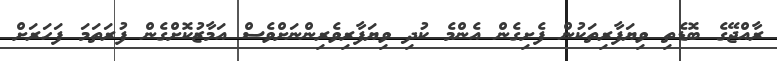
ރާއްޖޭގެ ބޮޑެތި ވިޔަފާރިތަކުން ފެށިގެން އެންމެ ކުދި ވިޔަފާރިވެރިންނަށްވެސް އަމާޒުކޮށްގެން ފުރަތަމަ ފަހަރަށް